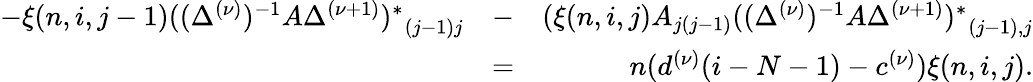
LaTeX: \begin{array}{rlr}{-\xi(n,i,j-1){((\Delta^{(\nu)})^{-1}A\Delta^{(\nu+1)})^{\ast}}_{(j-1)j}}&{-}&{(\xi(n,i,j)A_{j(j-1)}{((\Delta^{(\nu)})^{-1}A\Delta^{(\nu+1)})^{\ast}}_{(j-1),j}}\\ &{=}&{n(d^{(\nu)}(i-N-1)-c^{(\nu)})\xi(n,i,j).}\end{array}